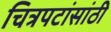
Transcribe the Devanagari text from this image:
चित्रपटांसांठी